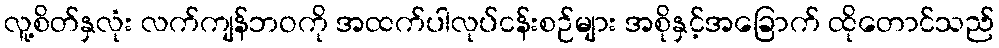
လူ့စိတ်နှလုံး လက်ကျန်ဘဝကို အထက်ပါလုပ်ငန်းစဉ်များ အစိုနှင့်အခြောက် ထိုတောင်သည်